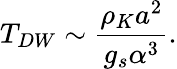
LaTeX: T_{DW}\sim\frac{\rho_{K}a^{2}}{g_{s}\alpha^{3}}.